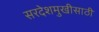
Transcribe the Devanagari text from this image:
सरदेशमुखीसाठी